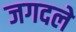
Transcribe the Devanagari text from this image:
जगदले